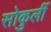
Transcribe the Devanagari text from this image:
सोकुर्ली